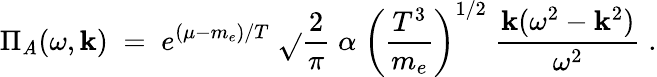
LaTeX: {\Pi_{\mathit{A}}(\omega,\mathbf{k})\; =\; e^{(\mu-m_{e})/T}\; \sqrt{}{{{\frac{{2}}{{\pi}}}}}\; \alpha\; \left({\frac{{T^{3}}}{{m_{e}}}}\right)^{1/2}\; {\frac{{\mathbf{k}(\omega^{2}-\mathbf{k}^{2})}}{{\omega^{2}}}}\; .}